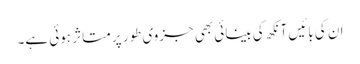
ان کی بائیں آنکھ کی بینائی بھی جزوی طور پر متاثر ہوئی ہے۔